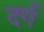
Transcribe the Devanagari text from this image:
दर्ग